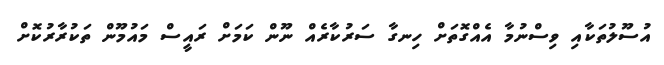
އުސޫލުތަކާއި ވިސްނުމާ އެއްގޮތަށް ހިނގާ ސަރުކާރެއް ނޫން ކަމަށް ރައީސް މައުމޫން ތަކުރާރުކޮށް